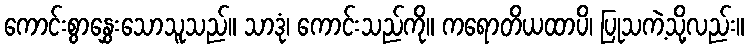
ကောင်းစွာနွှေးသောသူသည်။ သာဒုံ၊ ကောင်းသည်ကို။ ကရောတိယထာပိ၊ ပြုသကဲ့သို့လည်း။